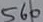
Text: 560